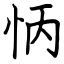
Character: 怲